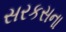
સરકસના